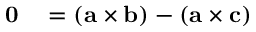
\begin{array} { r l } { \mathbf { 0 } } & { { } = ( \mathbf { a } \times \mathbf { b } ) - ( \mathbf { a } \times \mathbf { c } ) } \end{array}